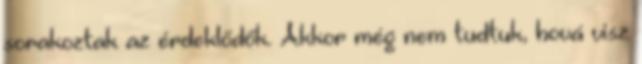
sorakoztak az érdeklődők. Akkor még nem tudtuk, hová visz